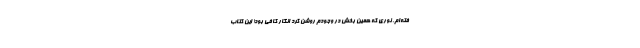
فته‌ام. نوری که همین بخش در وجودم روشن کرد انگار کافی بود! این کتاب